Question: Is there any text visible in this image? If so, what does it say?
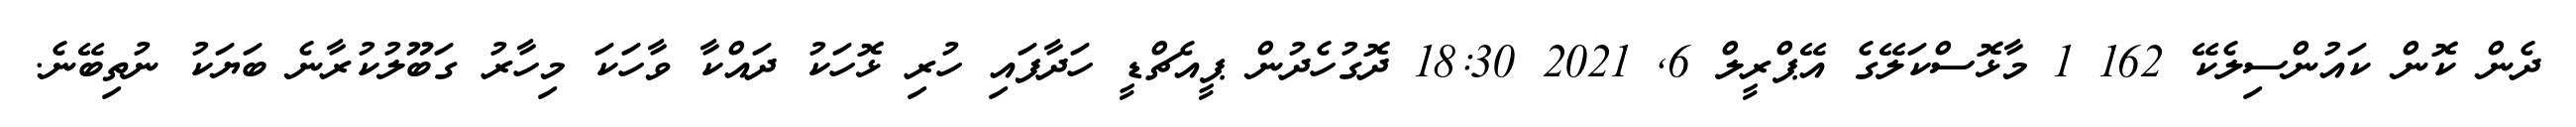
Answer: ދެން ކޮން ކައުންސިލެކޭ 162 1 މާޅޮސްކަލޭގެ އޭޕްރީލް 6, 2021 18:30 ދޮގުހެދުން ޕީއެޗްޑީ ހަދާފައި ހުރި ޅޮހަކު ދައްކާ ވާހަކަ މިހާރު ގަބޫލުކުރާނެ ބަޔަކު ނުތިބޭނެ.